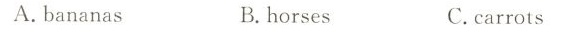
A. bananas B.horses C.carrots